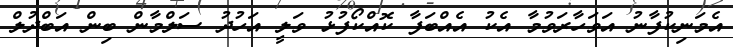
އެމަނިކުފާނު އަވަހާރަވުމާ އެކު އެއްބަފާ ކޮއްކޯފުޅު ވަލީ އަހުދު ސަލްމާން ބިން އަބްދުލް